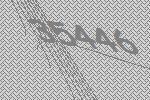
35446